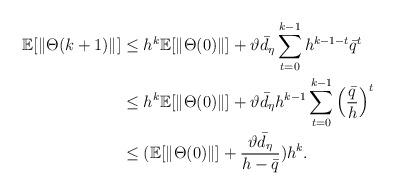
LaTeX: \begin{align*}\mathbb{E}[\Vert\Theta(k+1)\Vert]&\leq h^k\mathbb{E}[\Vert\Theta(0)\Vert]+\vartheta\bar{d_\eta}\sum_{t=0}^{k-1}h^{k-1-t}\bar{q}^t\\&\leq h^k\mathbb{E}[\Vert\Theta(0)\Vert]+\vartheta\bar{d_\eta}h^{k-1}\sum_{t=0}^{k-1}\left(\frac{\bar{q}}{h}\right)^t\\&\leq (\mathbb{E}[\Vert\Theta(0)\Vert]+\frac{\vartheta\bar{d_\eta}}{h-\bar{q}})h^k.\end{align*}